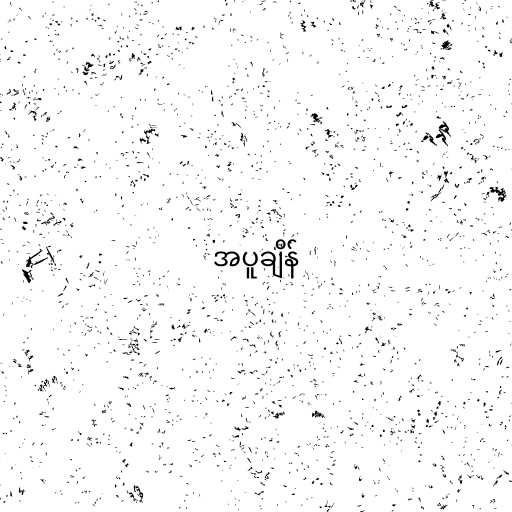
အပူချိန်